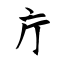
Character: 庁